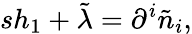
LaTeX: sh_{1}+\tilde{\lambda}=\partial^{i}\tilde{n}_{i},